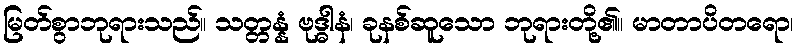
မြတ်စွာဘုရားသည်။ သတ္တန္နံ ဗုဒ္ဓါနံ၊ ခုနစ်ဆူသော ဘုရားတို့၏။ မာတာပိတရော၊